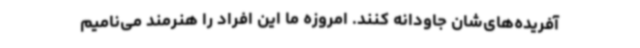
آفریده‌های‌شان جاودانه کنند. امروزه ما این افراد را هنرمند می‌نامیم